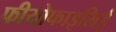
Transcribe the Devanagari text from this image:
फीयोफाइसिई